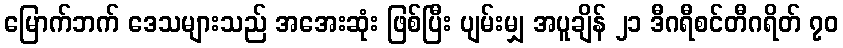
မြောက်ဘက် ဒေသများသည် အအေးဆုံး ဖြစ်ပြီး ပျမ်းမျှ အပူချိန် ၂၁ ဒီဂရီစင်တီဂရိတ် ၇၀